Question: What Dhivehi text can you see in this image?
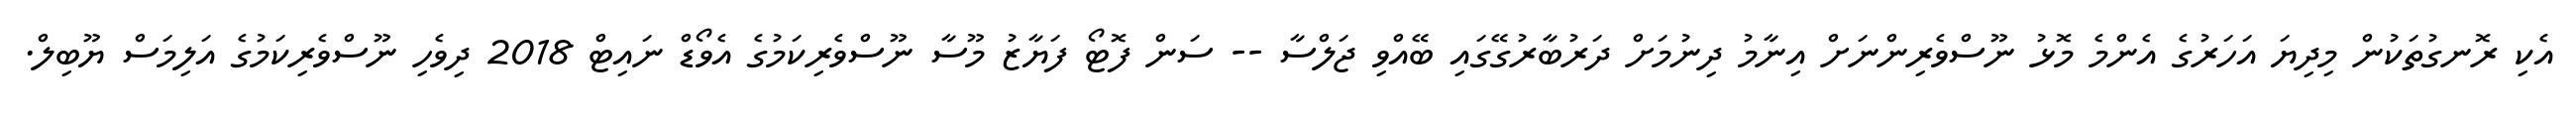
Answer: އެކި ރޮނގުތަކުން މިދިޔަ އަހަރުގެ އެންމެ މޮޅު ނޫސްވެރިންނަށް އިނާމު ދިނުމަށް ދަރުބާރުގޭގައި ބޭއްވި ޖަލްސާ -- ސަން ފޮޓޯ ފަޔާޒު މޫސާ ނޫސްވެރިކަމުގެ އެވޯޑް ނައިޓް 2018 ދިވެހި ނޫސްވެރިކަމުގެ އަލިމަސް ޔޫބިލް.